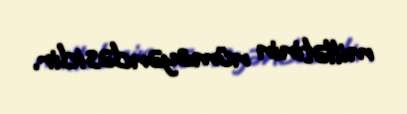
millətinin nümayəndəsidir.